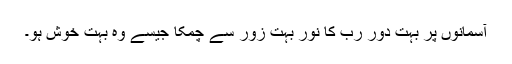
آسمانوں پر بہت دور ربّ کا نور بہت زور سے چمکا جیسے وہ بہت خوش ہو۔